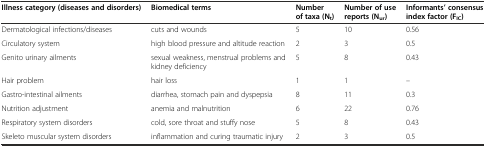
<table><thead><tr><td><b>Illness category (diseases and disorders)</b></td><td><b>Biomedical terms</b></td><td><b>Number of taxa (N<sub>t</sub>)</b></td><td><b>Number of use reports (N<sub>ur</sub>)</b></td><td><b>Informants’ consensus index factor (F<sub>IC</sub>)</b></td></tr></thead><tbody><tr><td>Dermatological infections/diseases</td><td>cuts and wounds</td><td>5</td><td>10</td><td>0.56</td></tr><tr><td>Circulatory system</td><td>high blood pressure and altitude reaction</td><td>2</td><td>3</td><td>0.5</td></tr><tr><td>Genito urinary ailments</td><td>sexual weakness, menstrual problems and kidney deficiency</td><td>5</td><td>8</td><td>0.43</td></tr><tr><td>Hair problem</td><td>hair loss</td><td>1</td><td>1</td><td>--</td></tr><tr><td>Gastro-intestinal ailments</td><td>diarrhea, stomach pain and dyspepsia</td><td>8</td><td>11</td><td>0.3</td></tr><tr><td>Nutrition adjustment</td><td>anemia and malnutrition</td><td>6</td><td>22</td><td>0.76</td></tr><tr><td>Respiratory system disorders</td><td>cold, sore throat and stuffy nose</td><td>5</td><td>8</td><td>0.43</td></tr><tr><td>Skeleto muscular system disorders</td><td>inflammation and curing traumatic injury</td><td>2</td><td>3</td><td>0.5</td></tr></tbody></table>